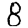
Digit: 8